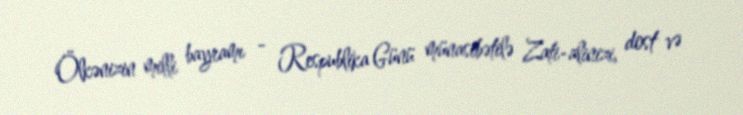
Ölkənizin milli bayramı - Respublika Günü münasibətilə Zati-alinizi, dost və